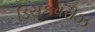
ડિસકવરીઝ